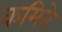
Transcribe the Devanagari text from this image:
कमिने